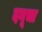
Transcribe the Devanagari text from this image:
दनूचा